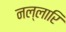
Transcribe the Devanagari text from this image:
नल्लारि